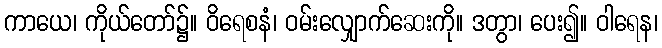
ကာယေ၊ ကိုယ်တော်၌။ ဝိရေစနံ၊ ဝမ်းလျှောက်ဆေးကို။ ဒတွာ၊ ပေး၍။ ဝါရေန၊